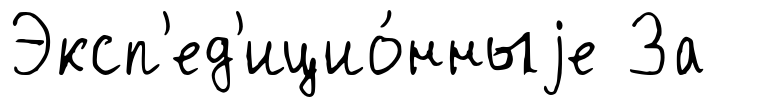
Эксп'ед'ицио́нныjе За